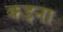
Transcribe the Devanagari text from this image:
कइना